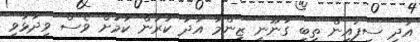
އަދި ސިފައިން ތިބީ ގާނޫނީ ޒިންމާ އަދާ ކުރަން ކަމަށް ވެސް ވިދާޅުވި